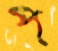
প্